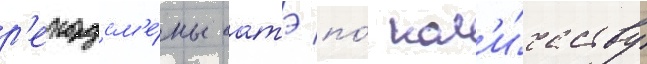
р'екордсм'е́ны батэ по́ кол'и́честву